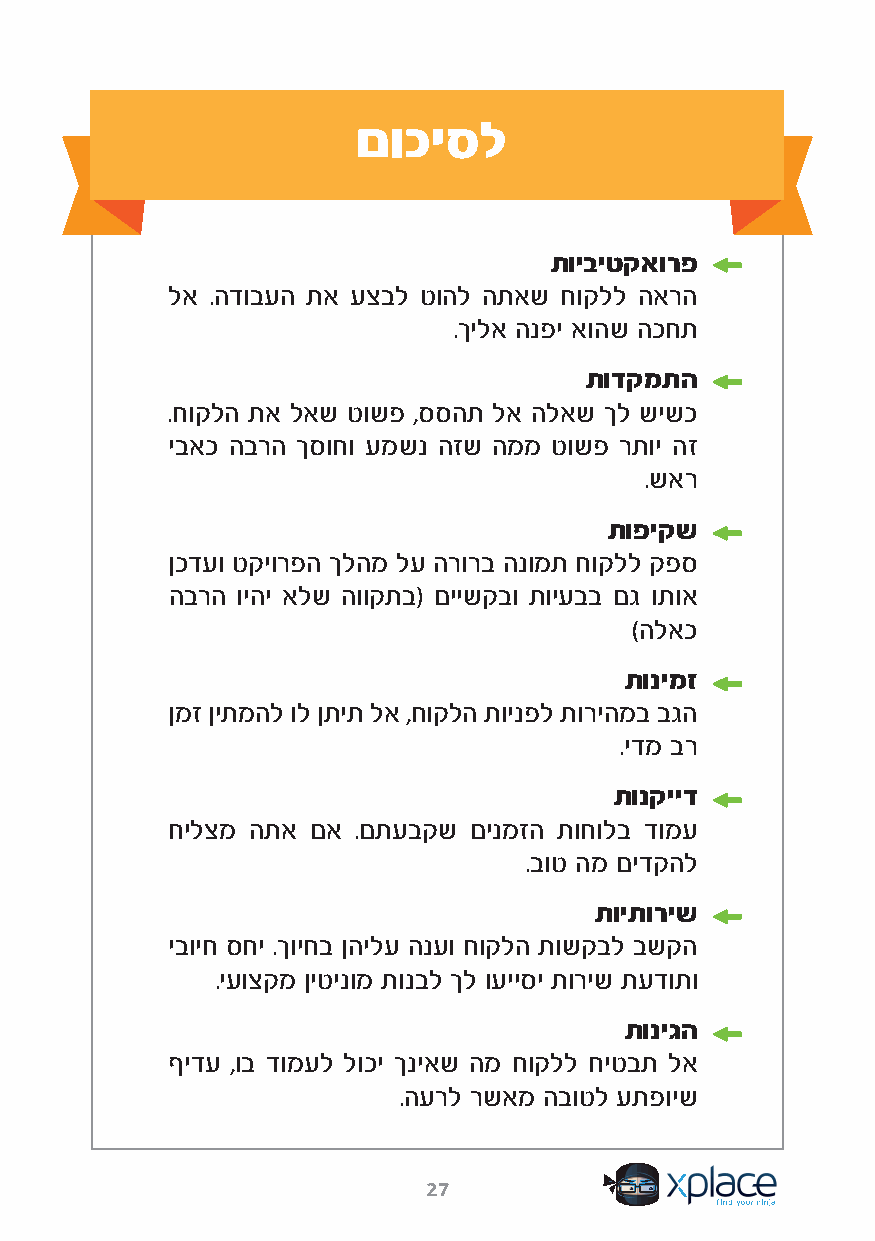
םוכיסל
 תויביטקאורפ
 לא .הדובעה תא עצבל טוהל התאש חוקלל הארה
 .ךילא הנפי אוהש הכחת
 תודקמתה
 .חוקלה תא לאש טושפ ,ססהת לא הלאש ךל שישכ
 יבאכ הברה ךסוחו עמשנ הזש הממ טושפ רתוי הז
 .שאר
 תופיקש
 ןכדעו טקיורפה ךלהמ לע הרורב הנומת חוקלל קפס
 הברה ויהי אלש הווקתב( םיישקבו תויעבב םג ותוא
 )הלאכ
 תונימז
 ןמז ןיתמהל ול ןתית לא ,חוקלה תוינפל תוריהמב בגה
 .ידמ בר
 תונקייד
 חילצמ התא םא .םתעבקש םינמזה תוחולב דומע
 .בוט המ םידקהל
 תויתוריש
 יבויח סחי .ךויחב ןהילע הנעו חוקלה תושקבל בשקה
 .יעוצקמ ןיטינומ תונבל ךל ועייסי תוריש תעדותו
 תוניגה
 ףידע ,וב דומעל לוכי ךניאש המ חוקלל חיטבת לא
 .הערל רשאמ הבוטל עתפויש
 27